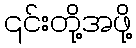
၎င်းတို့အဖို့